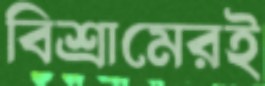
বিশ্রামেরই